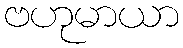
ဗဟုမာယာ